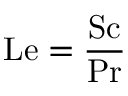
\mathrm { L e } = { \frac { \mathrm { S c } } { \mathrm { P r } } }